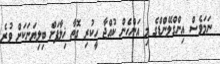
ނަމަވެސް އިންގްލޭންޑްގެ މި އަންހެން ކުއްޖާ ހީކުރި ގޮތާ ޚިލާފަށް ބިލިޔަނަކަށް ވުރެ